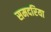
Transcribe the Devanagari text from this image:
समदरिया